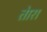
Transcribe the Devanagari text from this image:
तेारा